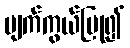
မျက်ကွယ်ပြု၍